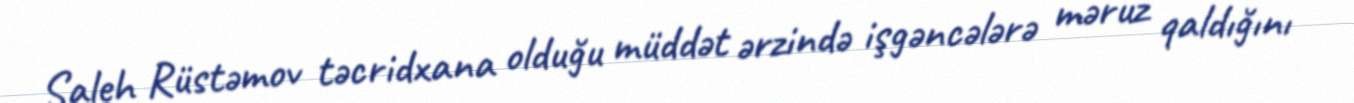
Saleh Rüstəmov təcridxana olduğu müddət ərzində işgəncələrə məruz qaldığını